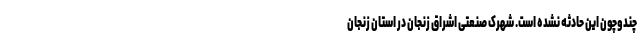
چندوچون این حادثه نشده است. شهرک صنعتی اشراق زنجان در استان زنجان